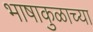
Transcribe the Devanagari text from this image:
भाषाकुळाच्या